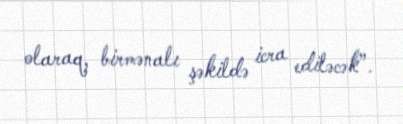
olaraq, birmənalı şəkildə icra ediləcək”.